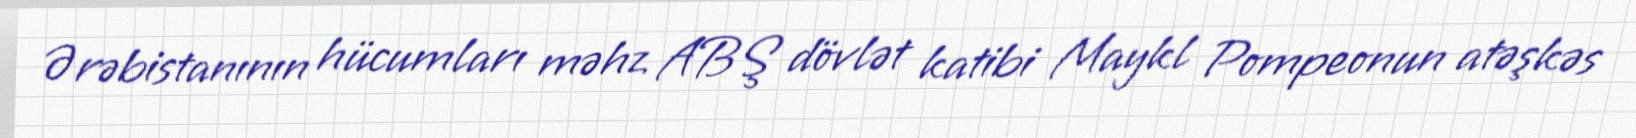
Ərəbistanının hücumları məhz ABŞ dövlət katibi Maykl Pompeonun atəşkəs